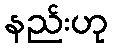
နည်းဟု